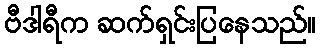
ဗီဒါရီက ဆက်ရှင်းပြနေသည်။